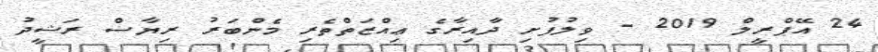
24 އޭޕްރީލް 2019 - ވިލުފުށި ދާއިރާގެ ޢިއްޒަތްތެރި މެންބަރު ރިޔާޟް ރަޝީދު